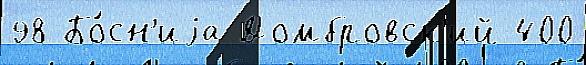
98 Бо́сн'иjа Домбровск'ий 400